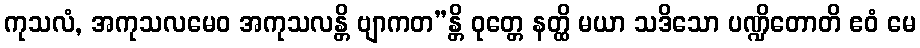
ကုသလံ, အကုသလမေဝ အကုသလန္တိ ဗျာကတ”န္တိ ဝုတ္တေ နတ္ထိ မယာ သဒိသော ပဏ္ဍိတောတိ ဧဝံ မေ